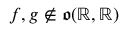
f , g \notin { \mathfrak { o } } ( \mathbb { R } , \mathbb { R } )